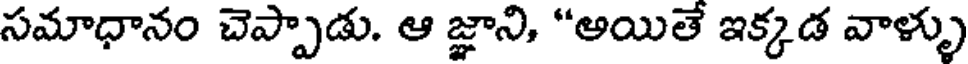
సమాధానం చెప్పాడు. ఆ జ్ఞాని, "అయితే ఇక్కడ వాళ్ళు